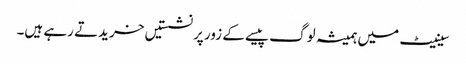
سینیٹ میں ہمیشہ لوگ پیسے کے زور پر نشستیں خریدتے رہے ہیں۔